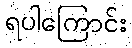
ရပါကြောင်း